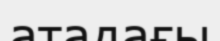
атадағы